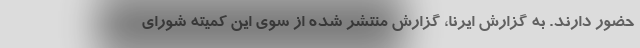
حضور دارند. به گزارش ایرنا، گزارش منتشر شده از سوی این کمیته شورای